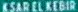
KASAR-EL-KEBIR